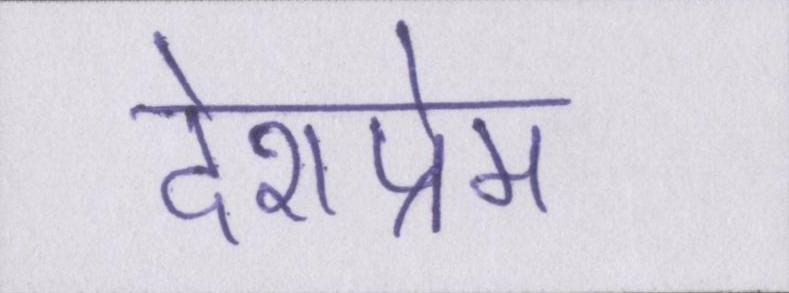
देशप्रेम